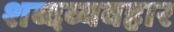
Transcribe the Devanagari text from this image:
शब्दव्यवहार